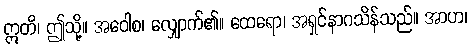
ဣတိ၊ ဤသို့။ အဝေါစ၊ လျှောက်၏။ ထေရော၊ အရှင်နာဂသိန်သည်။ အာဟ၊